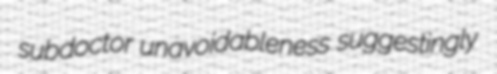
subdoctor unavoidableness suggestingly